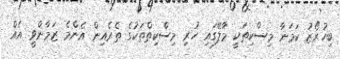
ބިހުރޯޒު ކަމަނާ މިސްކިތަކީ މާލޭގައި ހުރި މިސްކިތްތަކުގެ ތެރެއިން އެންމެ ޒަމާންވީ އެއް